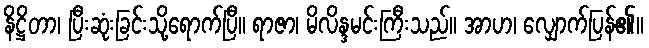
နိဋ္ဌိတာ၊ ပြီးဆုံးခြင်းသို့ရောက်ပြီ။ ရာဇာ၊ မိလိန္ဒမင်းကြီးသည်။ အာဟ၊ လျှောက်ပြန်၏။